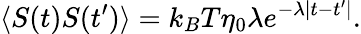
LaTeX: \langle S(t)S(t^{\prime})\rangle=k_{B}T\eta_{0}\lambda e^{-\lambda|t-t^{\prime}|}.